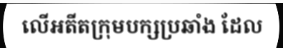
លើអតីតក្រុមបក្សប្រឆាំង ដែល